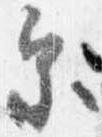
参